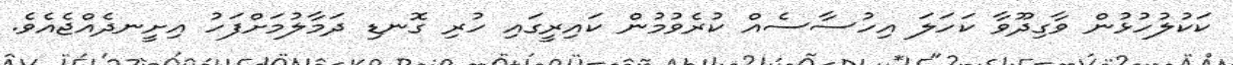
ކަކުލުހުޅުން ވާގިދޫވާ ކަހަލަ އިހުސާސެއް ކުރެވުމުން ކައިރީގައި ހުރި ގޮނޑި ދަމާލުމަށްފަހު އިށީނދެއްޖެއެވެ.